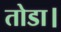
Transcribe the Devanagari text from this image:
तोडा।